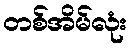
တစ်အိမ်လုံး